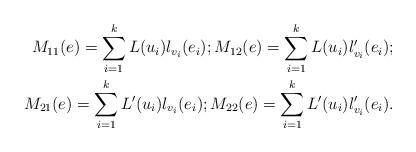
LaTeX: \begin{align*} M_{11}(e)=\sum_{i=1}^k L(u_i)l_{v_i}(e_i); M_{12}(e)=\sum_{i=1}^k L(u_i)l'_{v_i}(e_i); \\ M_{21}(e)=\sum_{i=1}^k L'(u_i)l_{v_i}(e_i); M_{22}(e)=\sum_{i=1}^k L'(u_i)l'_{v_i}(e_i). \end{align*}